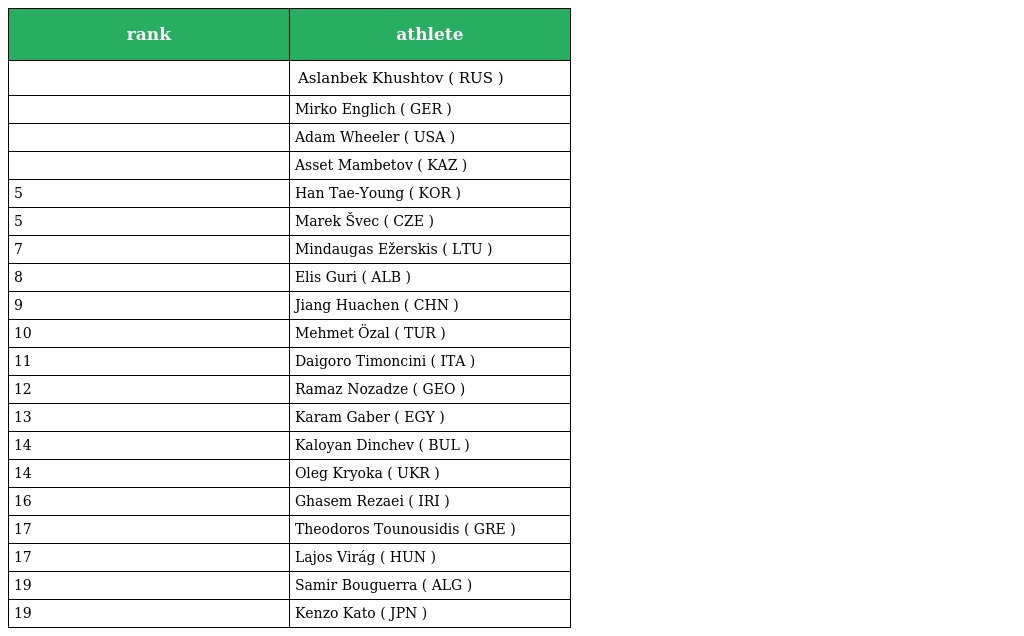
| rank | athlete |
 | --- | --- |
 |  | Aslanbek Khushtov ( RUS ) |
 |  | Mirko Englich ( GER ) |
 |  | Adam Wheeler ( USA ) |
 |  | Asset Mambetov ( KAZ ) |
 | 5 | Han Tae-Young ( KOR ) |
 | 5 | Marek Švec ( CZE ) |
 | 7 | Mindaugas Ežerskis ( LTU ) |
 | 8 | Elis Guri ( ALB ) |
 | 9 | Jiang Huachen ( CHN ) |
 | 10 | Mehmet Özal ( TUR ) |
 | 11 | Daigoro Timoncini ( ITA ) |
 | 12 | Ramaz Nozadze ( GEO ) |
 | 13 | Karam Gaber ( EGY ) |
 | 14 | Kaloyan Dinchev ( BUL ) |
 | 14 | Oleg Kryoka ( UKR ) |
 | 16 | Ghasem Rezaei ( IRI ) |
 | 17 | Theodoros Tounousidis ( GRE ) |
 | 17 | Lajos Virág ( HUN ) |
 | 19 | Samir Bouguerra ( ALG ) |
 | 19 | Kenzo Kato ( JPN ) |